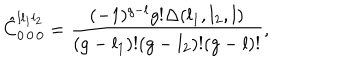
\hat { C } _ { 0 \, 0 \, 0 } ^ { l l _ { 1 } l _ { 2 } } = { \frac { ( - 1 ) ^ { g - l } g ! \Delta ( l _ { 1 } , l _ { 2 } , l ) } { ( g - l _ { 1 } ) ! ( g - l _ { 2 } ) ! ( g - l ) ! } } ,